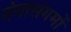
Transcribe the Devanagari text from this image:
गंगासंगमों